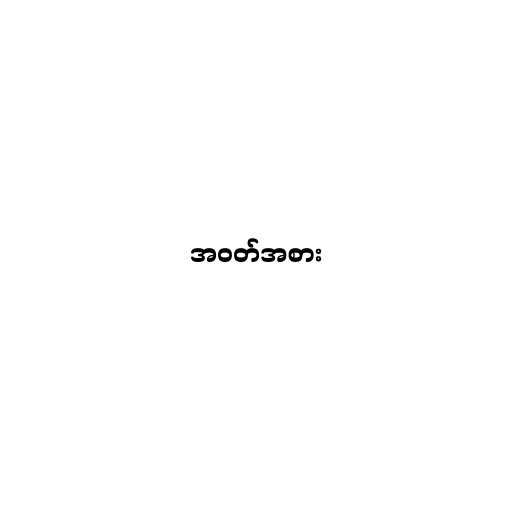
အဝတ်အစား